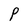
Character: P